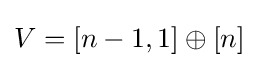
V=[n-1,1]\oplus [n]